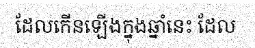
ដែលកើនឡើងក្នុងឆ្នាំនេះ ដែល